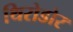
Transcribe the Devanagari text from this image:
थिरोडोर